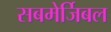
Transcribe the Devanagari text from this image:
सबमेर्जिबल